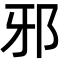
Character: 邪